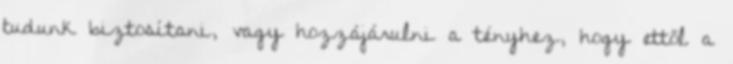
tudunk biztosítani, vagy hozzájárulni a tényhez, hogy ettől a